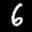
Label: 6